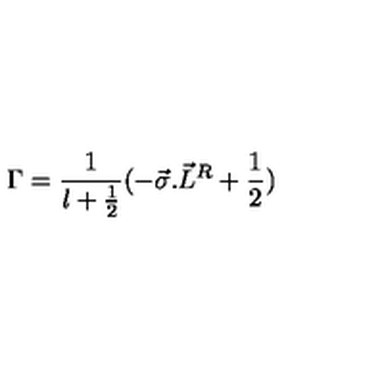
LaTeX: { \Gamma } = \frac { 1 } { l + \frac { 1 } { 2 } } ( - { \vec { \sigma } . { \vec { L } } ^ { R } } + \frac { 1 } { 2 } )